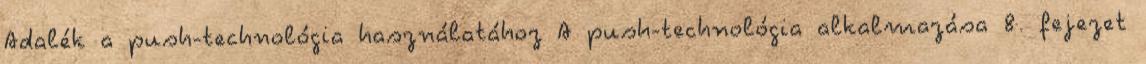
Adalék a push-technológia használatához A push-technológia alkalmazása 8. fejezet